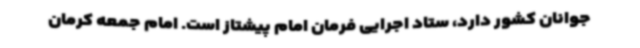
جوانان کشور دارد، ستاد اجرایی فرمان امام پیشتاز است. امام جمعه کرمان